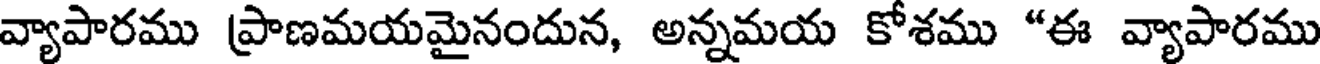
వ్యాపారము ప్రాణమయమైనందున, అన్నమయ కోశము "ఈ వ్యాపారము